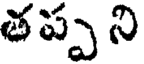
తప్ప ని